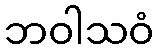
ဘဝါသဝံ